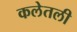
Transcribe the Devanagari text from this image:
कलेतली